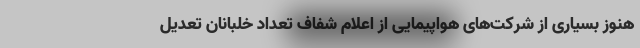
هنوز بسیاری از شرکت‌های هواپیمایی از اعلام شفاف تعداد خلبانان تعدیل